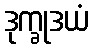
ဒုက္ခုဒယံ